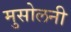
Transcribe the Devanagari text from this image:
मुसोलनी